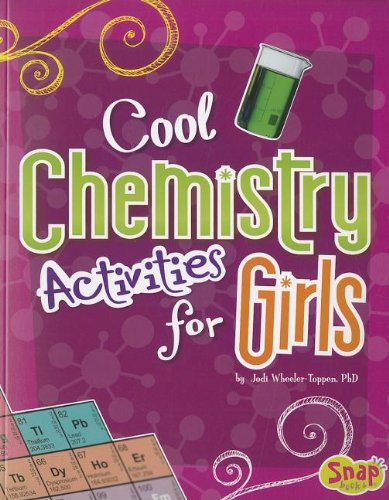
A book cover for Cool Chemistry Activities for Girls (Girls Science Club); PhD. , Jodi Wheeler-Toppen; Children's Books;